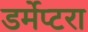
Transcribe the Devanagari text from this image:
डर्मेप्टरा